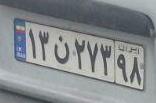
۱۳ن۲۷۳۹۸